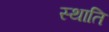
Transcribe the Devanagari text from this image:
स्थाति